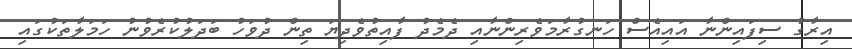
އިރާގު ސިފައިންނާ އައިއެސް ހަނގުރާމަވެރިންނާއި ދެމެދު ފާއިތުވެދިޔަ ތިން ދުވަހު ބަދަލުކުރެވުނު ހަމަލާތަކުގައި